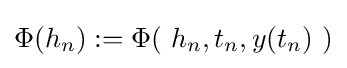
\Phi (h_{n}):=\Phi (\ h_{n},t_{n},y(t_{n})\ )